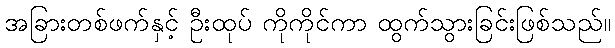
အခြားတစ်ဖက်နှင့် ဦးထုပ် ကိုကိုင်ကာ ထွက်သွားခြင်းဖြစ်သည်။